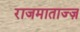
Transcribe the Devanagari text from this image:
राजमाताज्ज़